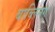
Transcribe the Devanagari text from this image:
बाब्लिनग्